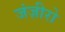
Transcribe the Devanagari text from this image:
जंज़ीरो